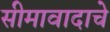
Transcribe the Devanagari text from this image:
सीमावादाचे